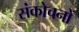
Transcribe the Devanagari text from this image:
संकोचनों